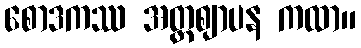
စောဒကဿ အတ္တဈာပန ကထာ။